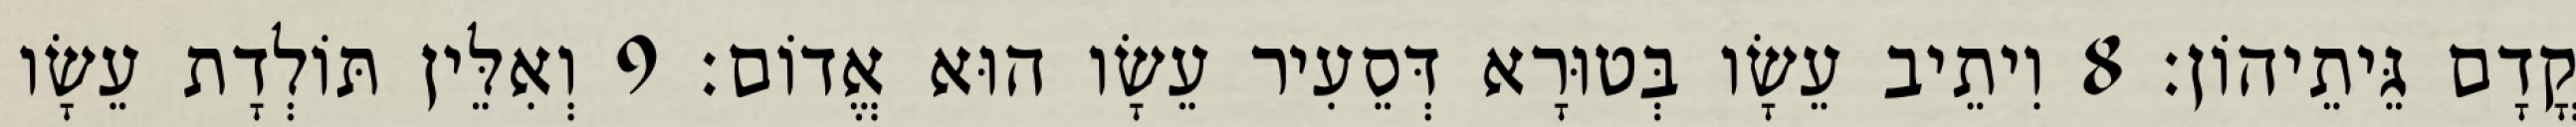
קֳדָם גֵּיתֵיהוֹן׃ 8 וִיתֵיב עֵשָׂו בְּטוּרָא דְּסֵעִיר עֵשָׂו הוּא אֱדוֹם׃ 9 וְאִלֵּין תּוֹלְדָת עֵשָׂו